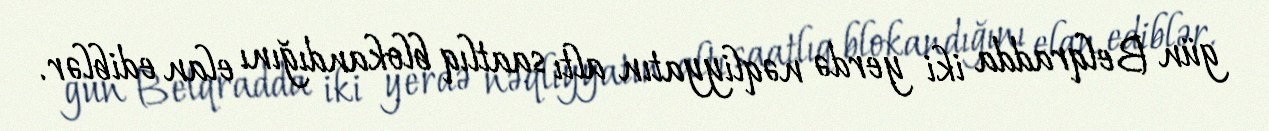
gün Belqradda iki yerdə nəqliyyatın altı saatlıq blokandığını elan ediblər.